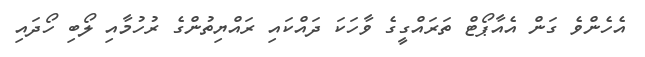
އެހެންވެ ގަން އެއާޕޯޓް ތަރައްގީގެ ވާހަކަ ދައްކައި ރައްޔިތުންގެ ރުހުމާއި ލޯބި ހޯދައި